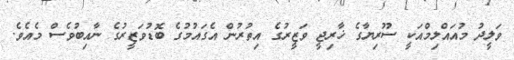
ވަލީދު މުއައްލިމްއަކީ ސޫރިޔާގެ ޚާރިޖީ ވަޒީރުގެ އިތުރުން އެގައުމުގެ ބޮޑުވަޒީރުގެ ނާއިބުވެސް މެއެވެ.